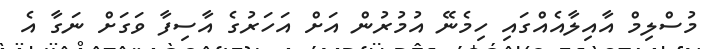
މުސްލިމް އާއިލާއެއްގައި ހިމެނޭ އުމުރުން އަށް އަހަރުގެ އާސިފާ ވަގަށް ނަގާ އެ